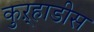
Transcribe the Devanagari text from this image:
कुऱ्हाडीस